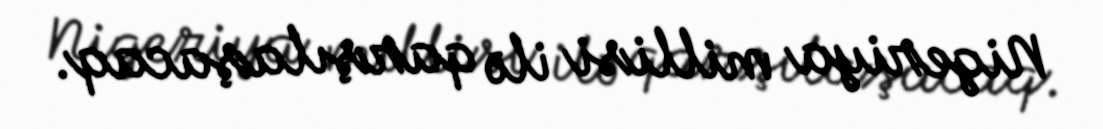
Nigeriya millisi ilə qarşılaşacaq.